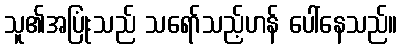
သူ၏အပြုံးသည် သရော်သည့်ဟန် ပေါ်နေသည်။